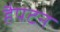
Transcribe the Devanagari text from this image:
हैपटन